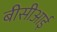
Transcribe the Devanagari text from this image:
बीसीआई